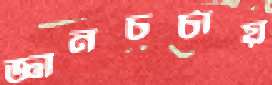
জ্ঞানচর্চায়